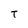
Character: T